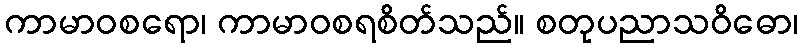
ကာမာဝစရော၊ ကာမာဝစရစိတ်သည်။ စတုပညာသဝိဓော၊